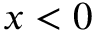
x < 0